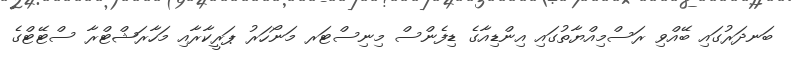
ބަނދަރުގައި ބޭއްވި ރަސްމިއްޔާތުގައި އިންޑިއާގެ ޑިފެންސް މިނިސްޓަރ މަނޯހަރު ޕަރީކާރާއި މަހާރަޝްޓްރާ ސްޓޭޓްގެ